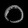
Digit: ၀